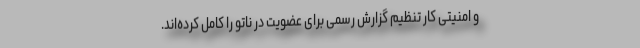
و امنیتی کار تنظیم گزارش رسمی برای عضویت در ناتو را کامل کرده‌اند.